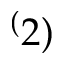
^ ( 2 )